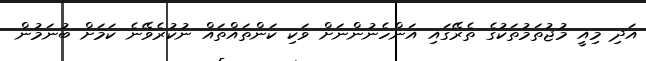
އަދި މިއީ މުޖުތަމުތަކުގެ ތެރޭގައި އަންހެނުންނަށް ވަކި ކަންތައްތައް ނުކުރެވޭނެ ކަމަށް ބުނަމުން